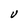
Character: U